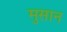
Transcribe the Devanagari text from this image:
मुसान